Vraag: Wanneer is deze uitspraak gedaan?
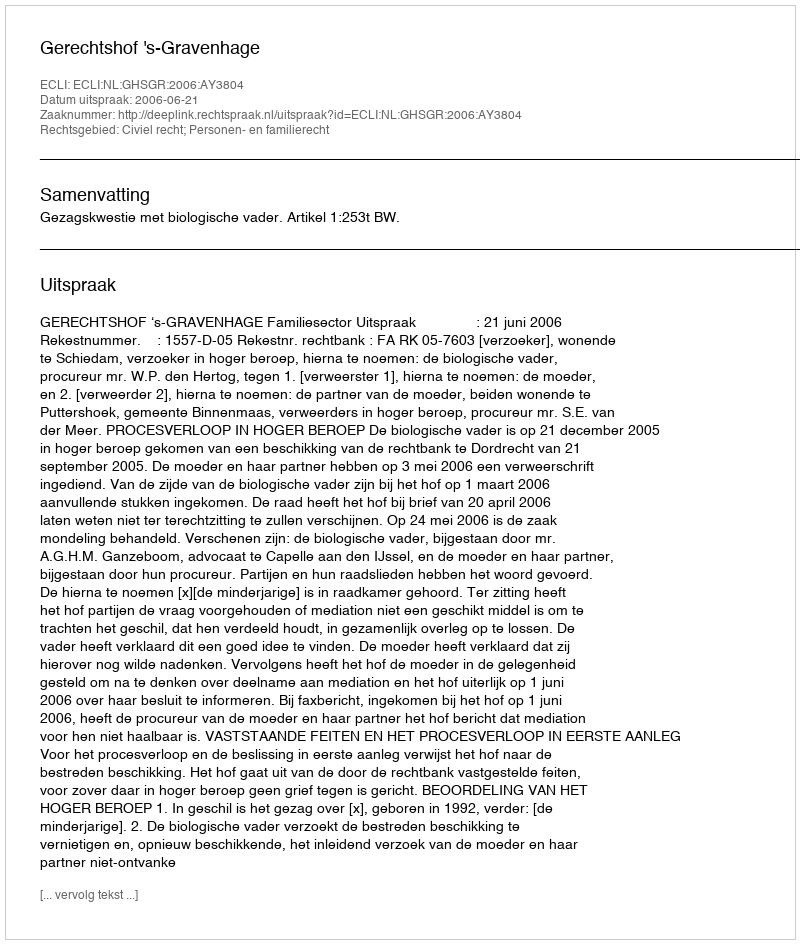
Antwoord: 2006-06-21